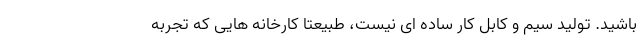
باشید. تولید سیم و کابل کار ساده ای نیست، طبیعتا کارخانه هایی که تجربه